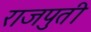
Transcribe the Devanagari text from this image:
राजपुती